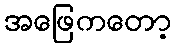
အဖြေကတော့